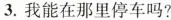
3.我能在那里停车吗?